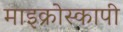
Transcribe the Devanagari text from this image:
माइक्रोस्कापी